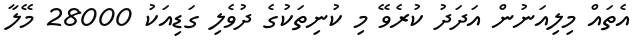
އެތައް މިލިއަނުން އަދަދު ކުރެވޭ މި ކުނިތަކުގެ ދުވެލި ގަޑިއަކު 28000 މޭލާ